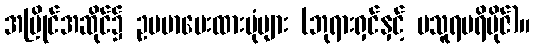
အပြိုင်အဆိုင်၌ ဥပမာပေးထားပုံများ (ဘုရားရှင်နှင့် ပသူရပရိဗိုဇ်)။